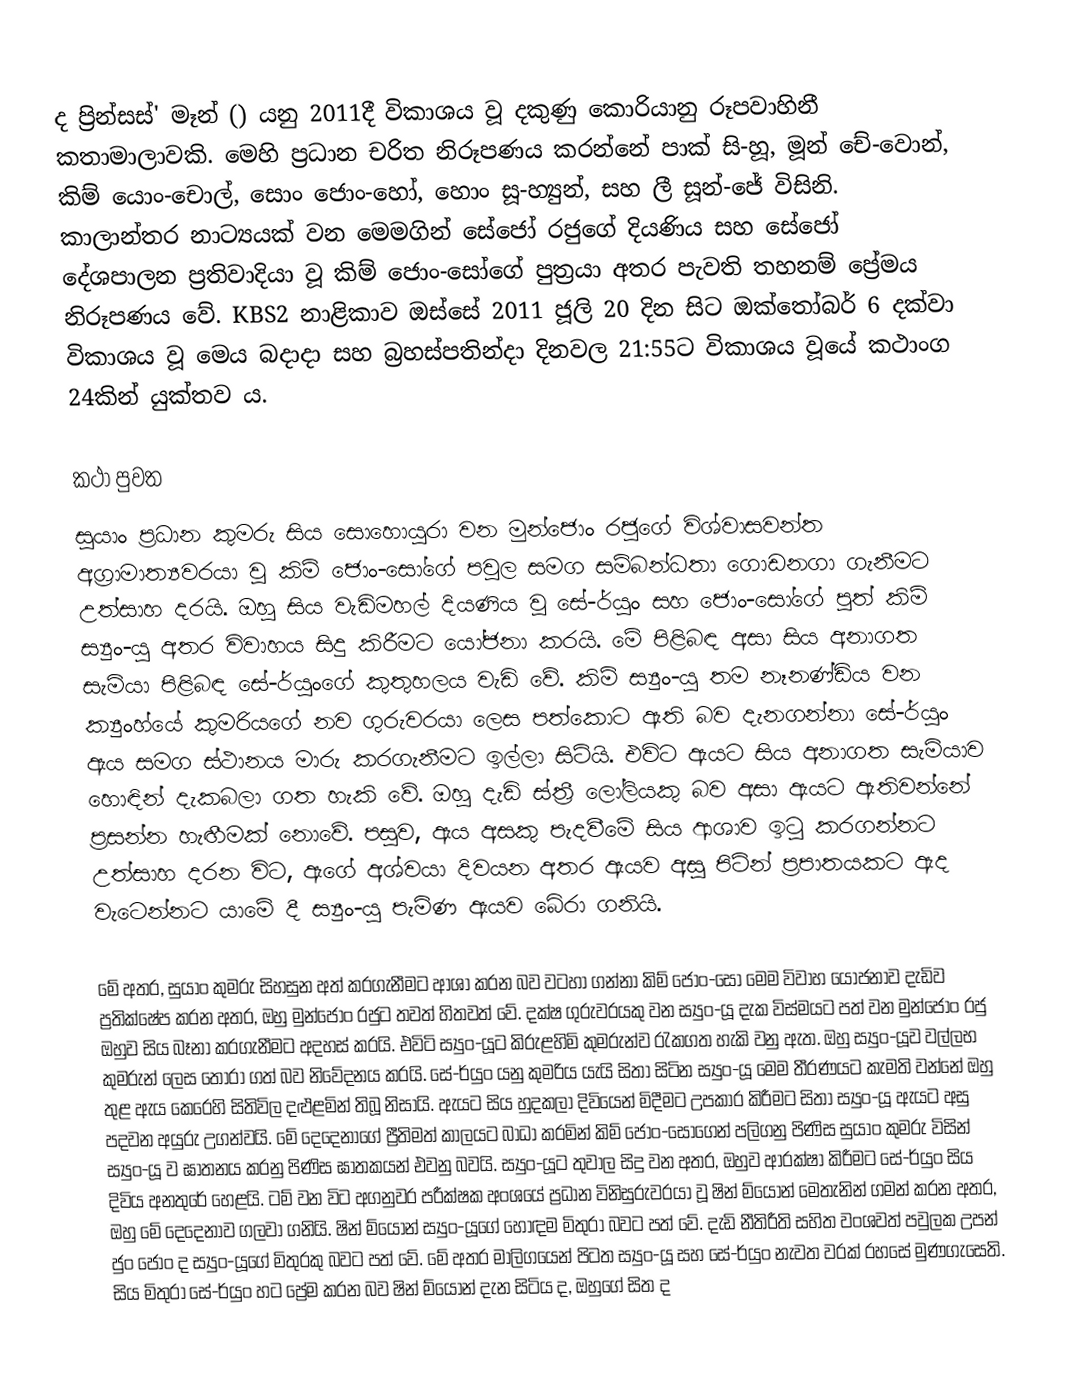
ද ප්‍රින්සස්' මෑන් () යනු 2011දී විකාශය වූ දකුණු කොරියානු රූපවාහිනී කතාමාලාවකි. මෙහි ප්‍රධාන චරිත නිරූපණය කරන්නේ පාක් සි-හූ, මූන් චේ-වොන්, කිම් යොං-චොල්, සොං ජොං-හෝ, හොං සූ-හ්‍යුන්, සහ ලී සූන්-ජේ විසිනි. කාලාන්තර නාට්‍යයක් වන මෙමගින් සේජෝ රජුගේ දියණිය සහ සේජෝ දේශපාලන ප්‍රතිවාදියා වූ කිම් ජොං-සෝගේ පුත්‍රයා අතර පැවති තහනම් ප්‍රේමය නිරූපණය වේ. KBS2 නාළිකාව ඔස්සේ 2011 ජූලි 20 දින සිට ඔක්තෝබර් 6 දක්වා විකාශය වූ මෙය බදාදා සහ බ්‍රහස්පතින්දා දිනවල 21:55ට විකාශය වූයේ කථාංග 24කින් යුක්තව ය.

කථා පුවත
සුයාං ප්‍රධාන කුමරු සිය සොහොයුරා වන මුන්ජොං රජුගේ විශ්වාසවන්ත අග්‍රාමාත්‍යවරයා වූ කිම් ජොං-සෝගේ පවුල සමග සම්බන්ධතා ගොඩනගා ගැනීමට උත්සාහ දරයි. ඔහු සිය වැඩිමහල් දියණිය වූ සේ-ර්යුං සහ ජොං-සෝගේ පුත් කිම් ස්‍යුං-යූ අතර විවාහය සිදු කිරීමට යෝජනා කරයි. මේ පිළිබඳ අසා සිය අනාගත සැමියා පිළිබඳ සේ-ර්යුංගේ කුතුහලය වැඩි වේ. කිම් ස්‍යුං-යූ තම නෑනණ්ඩිය වන ක්‍යුංහ්යේ කුමරියගේ නව ගුරුවරයා ලෙස පත්කොට ඇති බව දැනගන්නා සේ-ර්යුං ඇය සමග ස්ථානය මාරු කරගැනීමට ‍ඉල්ලා සිටියි. එවිට ඇයට සිය අනාගත සැමියාව හොඳින් දැකබලා ගත හැකි වේ. ඔහු දැඩි ස්ත්‍රී ලෝලියකු බව අසා ඇයට ඇතිවන්නේ ප්‍රසන්න හැඟීමක් නොවේ. පසුව, ඇය අසකු පැදවීමේ සිය ආශාව ඉටු කරගන්නට උත්සාහ දරන විට, ඇගේ අශ්වයා දිවයන අතර ඇයව අසු පිටින් ප්‍රපාතයකට ඇද වැටෙන්නට යාමේ දී ස්‍යුං-යූ පැමිණ ඇයව බේරා ගනියි.

මේ අතර, සුයාං කුමරු සිහසුන අත් කරගැනීමට ආශා කරන බව වටහා ගන්නා කිම් ජොං-සෝ මෙම ‍විවාහ යෝජනාව දැඩිව ප්‍රතික්ෂේප කරන අතර, ඔහු මුන්ජොං රජුට තවත් හිතවත් වේ. දක්ෂ ගුරුවරයකු වන ස්‍යුං-යූ දැක විස්මයට පත් වන මුන්ජොං රජු ඔහුව සිය බෑනා කරගැනීමට අදහස් කරයි. එවිටි ස්‍යුං-යූට කිරුළහිමි කුමරුන්ව රැකගත හැකි වනු ඇත. ඔහු ස්‍යුං-යූව වල්ලභ කුමරුන් ලෙස තෝරා ගත් බව නිවේදනය කරයි. සේ-ර්යුං යනු කුමරිය යැයි සිතා සිටින ස්‍යුං-යූ මෙම තීරණයට කැමති වන්නේ ඔහු තුළ ඇය කෙරෙහි සිතිවිල දළුළමින් තිබූ නිසායි. ඇයට සිය හුදකලා දිවියෙන් මිදීමට උපකාර කිරීමට සිතා ස්‍යුං-යූ ඇයට අසු පදවන අයුරු උගන්වයි. මේ දෙදෙනාගේ ප්‍රීතිමත් කාලයට බාධා කරමින් කිම් ජොං-සෝගෙන් පලිගනු පිණිස සුයාං කුමරු විසින් ස්‍යුං-යූ ව ඝාතනය කරනු පිණිස ඝාතකයන් එවනු බවයි. ස්‍යුං-යූට තුවාල සිදු වන අතර, ඔහුව ආරක්ෂා කිරීමට සේ-ර්යුං සිය දිවිය අනතුරේ හෙළයි. ටම් වන විට අගනුවර පරීක්ෂක අංශයේ ප්‍රධාන විනිසුරුවරයා වූ ෂින් ම්යොන් මෙතැනින් ගමන් කරන අතර, ඔහු මේ දෙදෙනාව ගලවා ගනියි. ෂින් ම්යොන් ස්‍යුං-යූගේ හොඳම මිතුරා බවට පත් වේ. දැඩි නීතිරීති සහිත වංශවත් පවුලක උපන් ජුං ජොං ද ස්‍යුං-යූගේ මිතුරකු බවට පත් වේ. මේ අතර මාලිගයෙන් පිටත ස්‍යුං-යූ සහ සේ-ර්යුං නැවත වරක් රහසේ මුණගැසෙති. සිය මිතුරා සේ-ර්යුං හට ප්‍රේම කරන බව ෂින් ම්යොන් දැන සිටිය ද, ඔහුගේ සිත ද